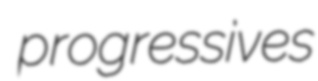
progressives